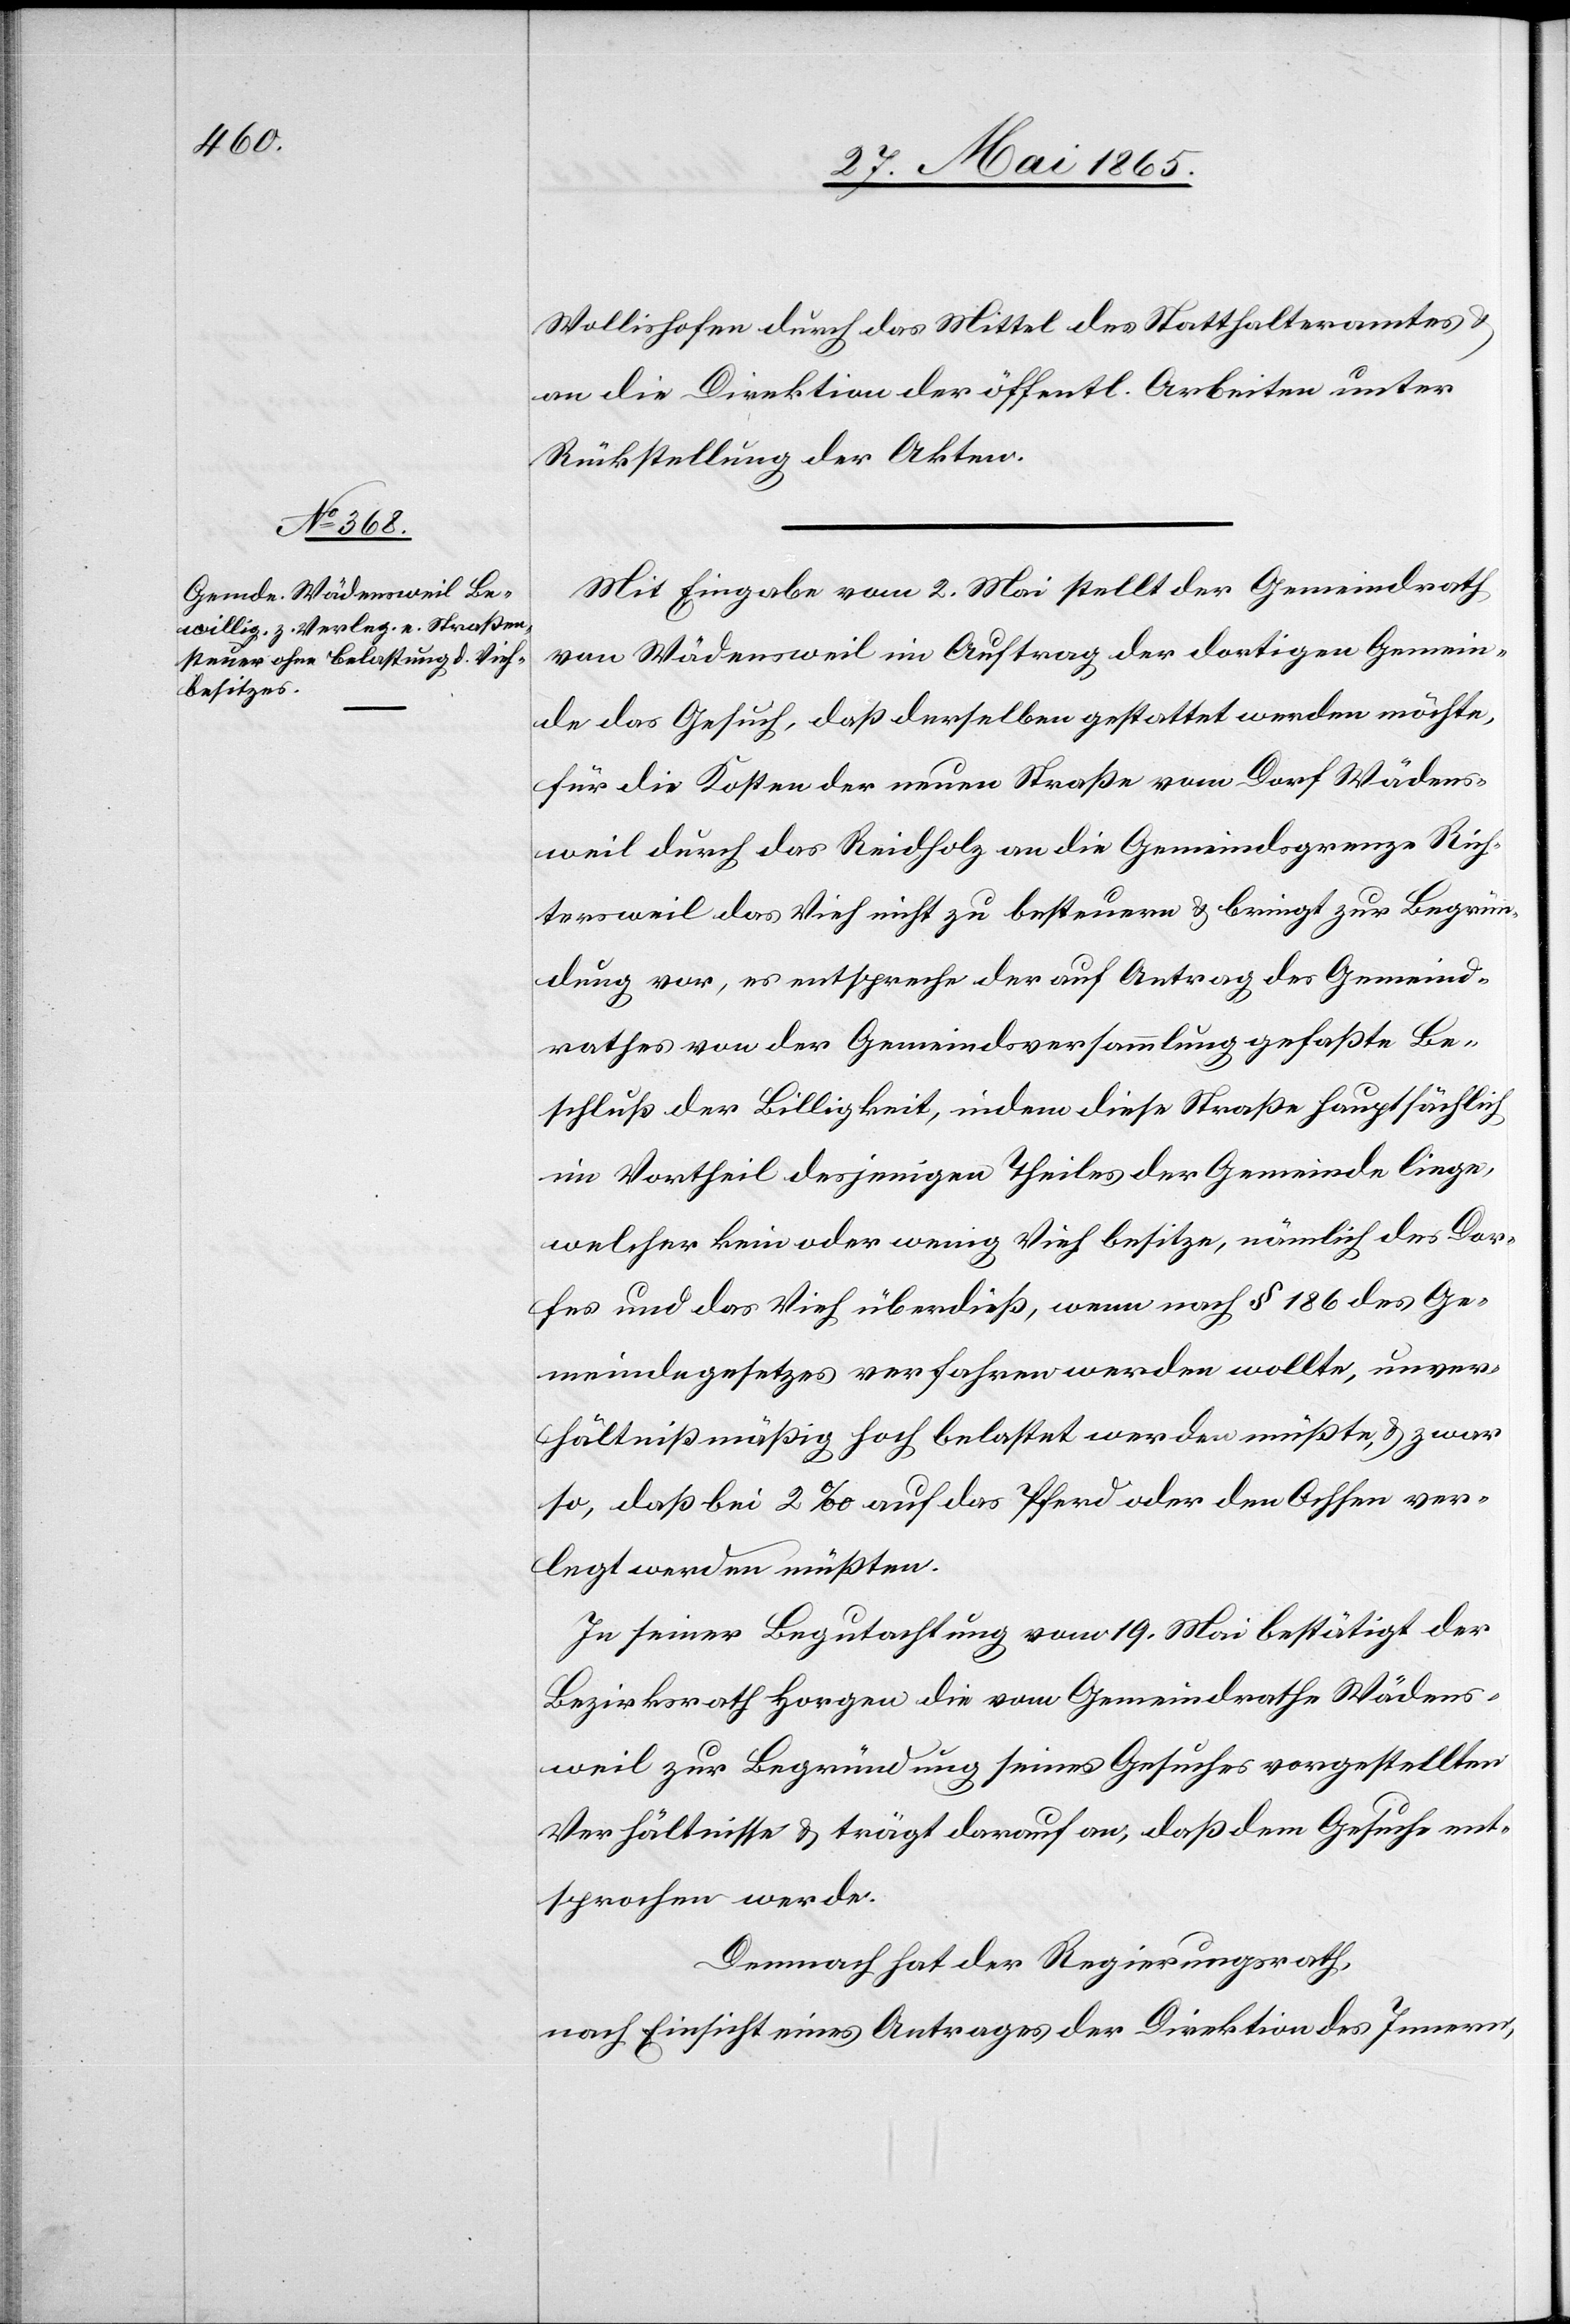
Wollishofen durch das Mittel des Statthalteramtes &
an die Direktion der öffentl. Arbeiten unter
Rückstellung der Akten.
Mit Eingabe vom 2. Mai stellt der Gemeindrath
von Wädensweil im Auftrag der dortigen Gemein¬
de das Gesuch, daß derselben gestattet werden möchte,
für die Kosten der neuen Straße vom Dorf Wädens¬
weil durch das Reidholz an die Gemeindsgrenze Rich¬
tersweil das Vieh nicht zu besteuern & bring zur Begrün¬
dung vor, es entspreche der auf Antrag des Gemeind¬
rathes von der Gemeindsversammlung gefaßte Be¬
schluß der Billigkeit, indem diese Straße hauptsächlich
im Vortheil desjenigen Theiles der Gemeinde liege,
welcher kein oder wenig Vieh besitze, nämlich des Dor¬
fes und das Vieh überdieß, wenn nach § 186 des Ge¬
meindegesetzes verfahren werden wollte, unver¬
hältnißmäßig hoch belastet werden müßte, & zwar
so, daß bei 2 ‰ auf das Pferd oder den Ochsen ver¬
legt werden müßten.
In seiner Begutachtung vom 19. Mai bestätigt der
Bezirksrath Horgen die vom Gemeindrathe Wädens¬
weil zur Begründung seines Gesuches vorgestellten
Verhältnisse & trägt darauf an, daß dem Gesuche ent¬
sprochen werde.
Demnach hat der Regierungsrath,
nach Einsicht eines Antrages der Direktion des Innern,